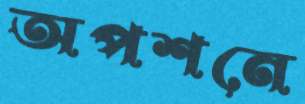
অপশনে